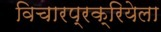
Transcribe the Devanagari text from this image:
विचारप्रक्रियेला